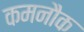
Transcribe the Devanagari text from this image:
कमनौक